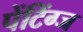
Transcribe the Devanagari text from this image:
पेंटिंग्ज